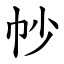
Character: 㠺